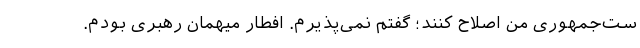
ست‌جمهوری من اصلاح کنند؛ گفتم نمی‌پذیرم. افطار میهمان رهبری بودم.